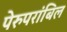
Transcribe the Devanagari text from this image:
पेरुपरांबिल